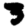
Digit: 3